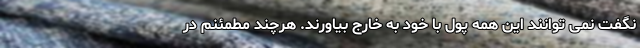
نگفت نمی توانند این همه پول با خود به خارج بیاورند. هرچند مطمئنم در